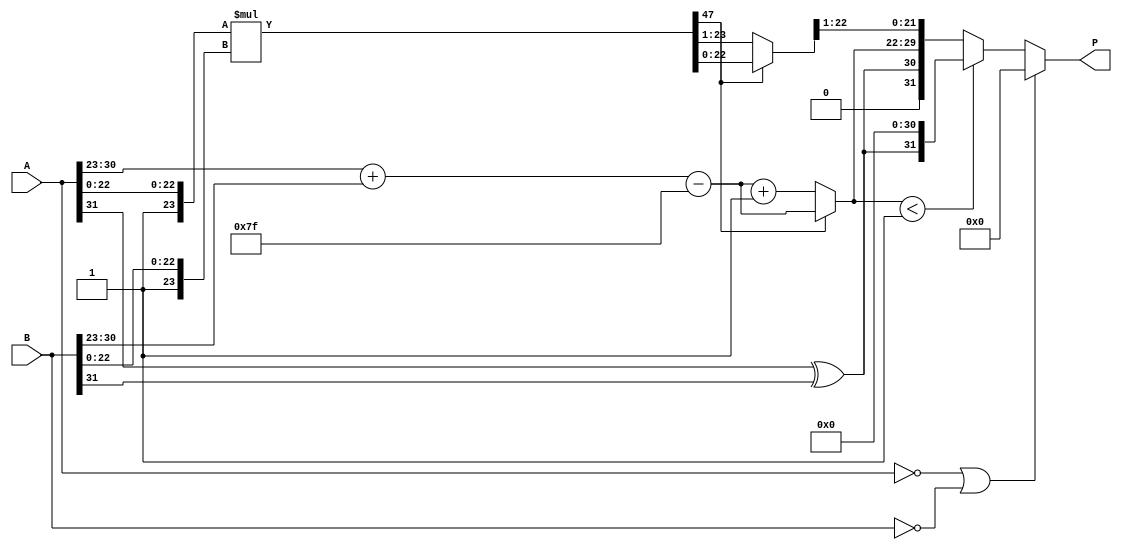
module fp_mult (
    input wire [31:0] A,    // First floating-point operand
    input wire [31:0] B,    // Second floating-point operand
    output reg [31:0] P     // Output product
);

    // Constants
    parameter BIAS = 127;

    // Internal wires for components
    wire signA, signB, signP;
    wire [7:0] expA, expB, expP;
    wire [23:0] mantA, mantB, mantP;
    wire [47:0] mantP_full;
    reg [8:0] expP_adjusted; // 9 bits for overflow handling
    reg [47:0] mantP_norm;    // 48 bits for normalization

    // Extract sign, exponent, and mantissa
    assign signA = A[31]; // Sign bit of A
    assign signB = B[31]; // Sign bit of B
    assign expA = A[30:23]; // Exponent of A
    assign expB = B[30:23]; // Exponent of B
    assign mantA = {1'b1, A[22:0]}; // Mantissa of A with implicit leading 1
    assign mantB = {1'b1, B[22:0]}; // Mantissa of B with implicit leading 1

    // Zero handling
    always @(*) begin
        if ((A == 32'b0) || (B == 32'b0)) begin
            P = 32'b0; // If either operand is zero, product is zero
        end else begin
            // Sign calculation
            signP = signA ^ signB;

            // Exponent calculation
            expP_adjusted = {1'b0, expA} + {1'b0, expB} - BIAS;

            // Mantissa multiplication
            mantP_full = mantA * mantB;

            // Normalization (checking if we need to shift)
            if (mantP_full[47] == 1) begin
                mantP_norm = mantP_full[47:0]; // no shift needed
                expP = expP_adjusted;          // exponent unchanged
            end else begin
                mantP_norm = mantP_full[46:1]; // shift right
                expP = expP_adjusted + 9'd1;   // increment exponent
            end

            // Handle overflow in exponent
            if (expP[8] == 1'b1) begin
                P = {signP, 8'hFF, 23'b0}; // Set to infinity
            end else if (expP < 9'd1) begin
                P = {signP, 8'b0, 23'b0}; // Set to zero
            end else begin
                // Assemble output
                P = {signP, expP[7:0], mantP_norm[22:1]}; // Use top 23 bits of mantissa
            end
        end
    end

endmodule